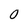
Character: 0